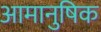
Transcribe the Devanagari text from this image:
आमानुषिक